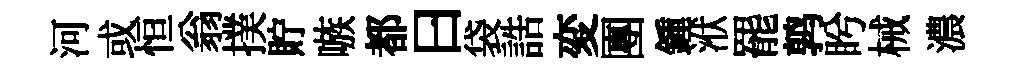
河或恒翁撲貯嗾都曰袋誥変團鍾洑罷鹑盻械濃